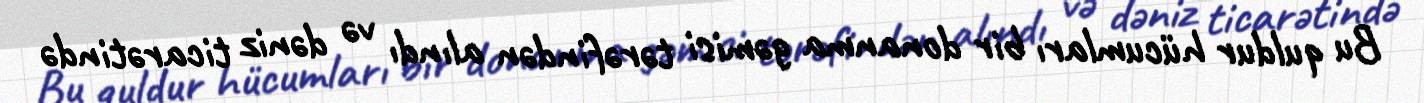
Bu quldur hücumları bir donanma gəmisi tərəfindən alındı və dəniz ticarətində